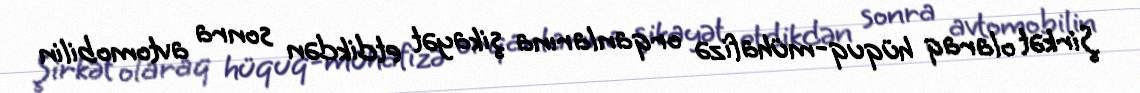
Şirkət olaraq hüquq-mühafizə orqanlarına şikayət etdikdən sonra avtomobilin